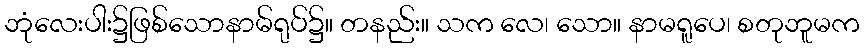
ဘုံလေးပါး၌ဖြစ်သောနာမ်ရုပ်၌။ တနည်း။ သက လေ၊ သော။ နာမရူပေ၊ စတုဘူမက